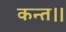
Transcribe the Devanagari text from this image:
कन्‍त।।